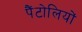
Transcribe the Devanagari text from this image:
पैंटोलियों